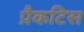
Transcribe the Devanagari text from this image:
प्रैकटिस